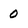
Character: 0